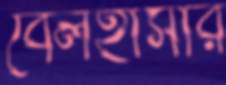
বেলহাসার